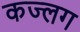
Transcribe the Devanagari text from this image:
कज्लग